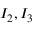
I _ { 2 } , I _ { 3 }